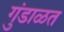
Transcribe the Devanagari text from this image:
गुंडाळत